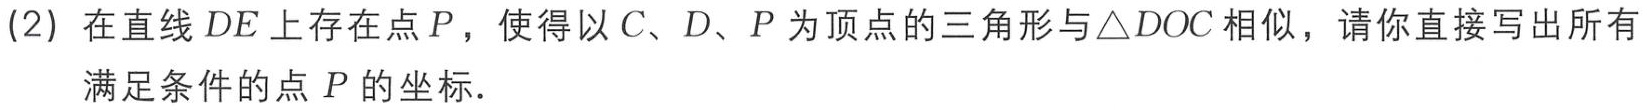
(2) 在直线 \(DE\) 上存在点 \(P\)，使得以 \(C、D、P\) 为顶点的三角形与 \(\triangle DOC\) 相似，请你直接写出所有
满足条件的点 \(P\) 的坐标．